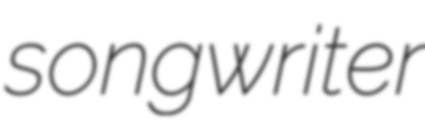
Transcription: songwriter